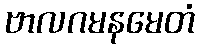
ဗာလဂမနမေတံ